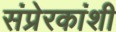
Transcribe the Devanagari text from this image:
संप्रेरकांशी